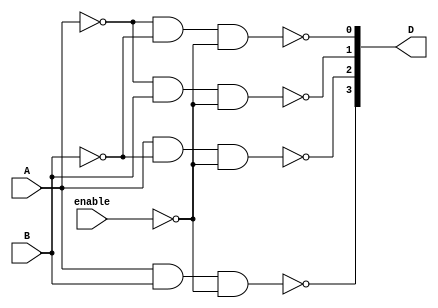
`timescale 1ns / 1ps


module Decoder2_4(D, enable, A, B);
 input enable;
 input A;
 input B;
 output [3:0] D;
    
//Logic
assign D[0]= ~(~A & ~B & ~enable); 
assign D[1]= ~(~A & B & ~enable); 
assign D[2]= ~(A &  ~B & ~enable); 
assign D[3]= ~(A & B & ~enable); 

endmodule